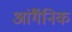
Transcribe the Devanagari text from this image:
आंर्गैनिक